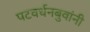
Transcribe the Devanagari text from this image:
पटवर्धनबुवांनी